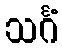
သင်္ဂံ